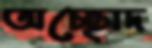
অচ্ছোদ